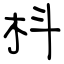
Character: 枓